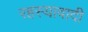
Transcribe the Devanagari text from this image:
रहस्यावादी